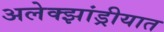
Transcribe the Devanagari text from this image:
अलेक्झांड्रीयात